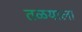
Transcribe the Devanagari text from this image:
तळयाला